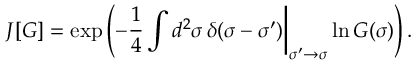
J [ G ] = \exp \left( - \frac { 1 } { 4 } \int d ^ { 2 } \sigma \, \delta ( \sigma - \sigma ^ { \prime } ) \biggr | _ { \sigma ^ { \prime } \rightarrow \sigma } \ln G ( \sigma ) \right) .